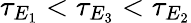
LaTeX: \tau_{E_{1}}<\tau_{E_{3}}<\tau_{E_{2}}